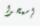
إسمحوا